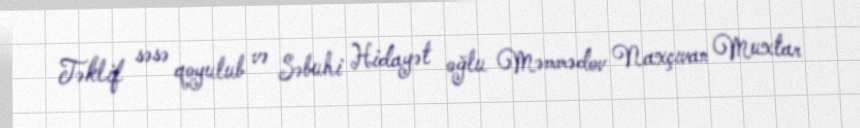
Təklif səsə qoyulub və Səbuhi Hidayət oğlu Məmmədov Naxçıvan Muxtar